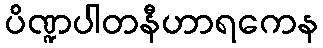
ပိဏ္ဍပါတနီဟာရကေန